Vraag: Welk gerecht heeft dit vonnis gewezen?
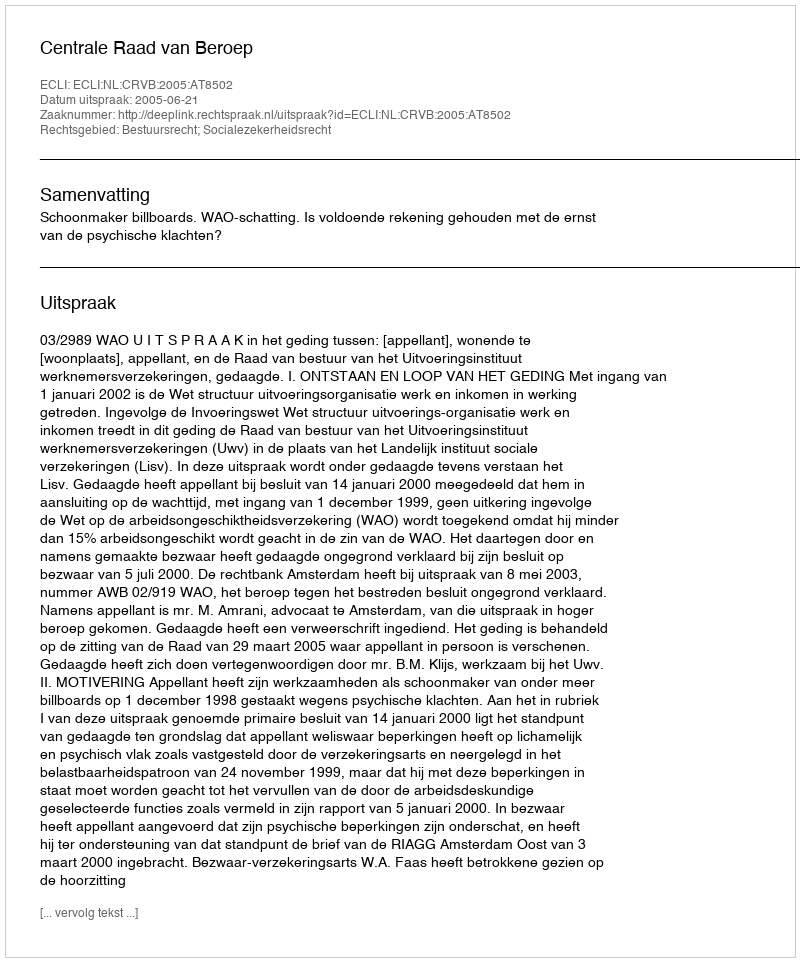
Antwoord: Centrale Raad van Beroep